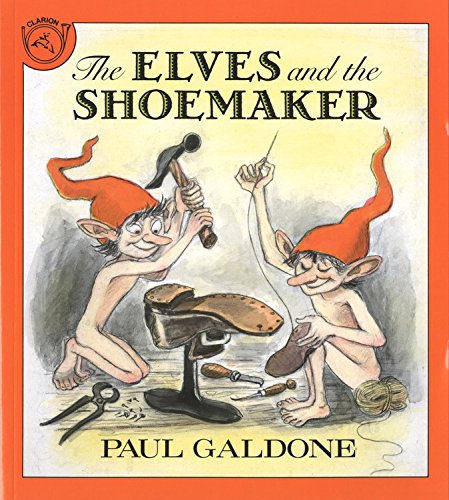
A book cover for The Elves and the Shoemaker (Paul Galdone Classics); Paul Galdone; Children's Books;